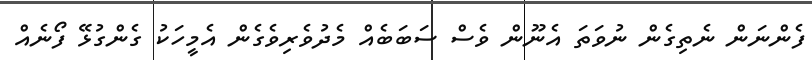
ފެންނަން ނެތިގެން ނުވަތަ އެނޫން ވެސް ސަބަބެއް މެދުވެރިވެގެން އެމީހަކު ގެންގުޅޭ ފޯނެއް